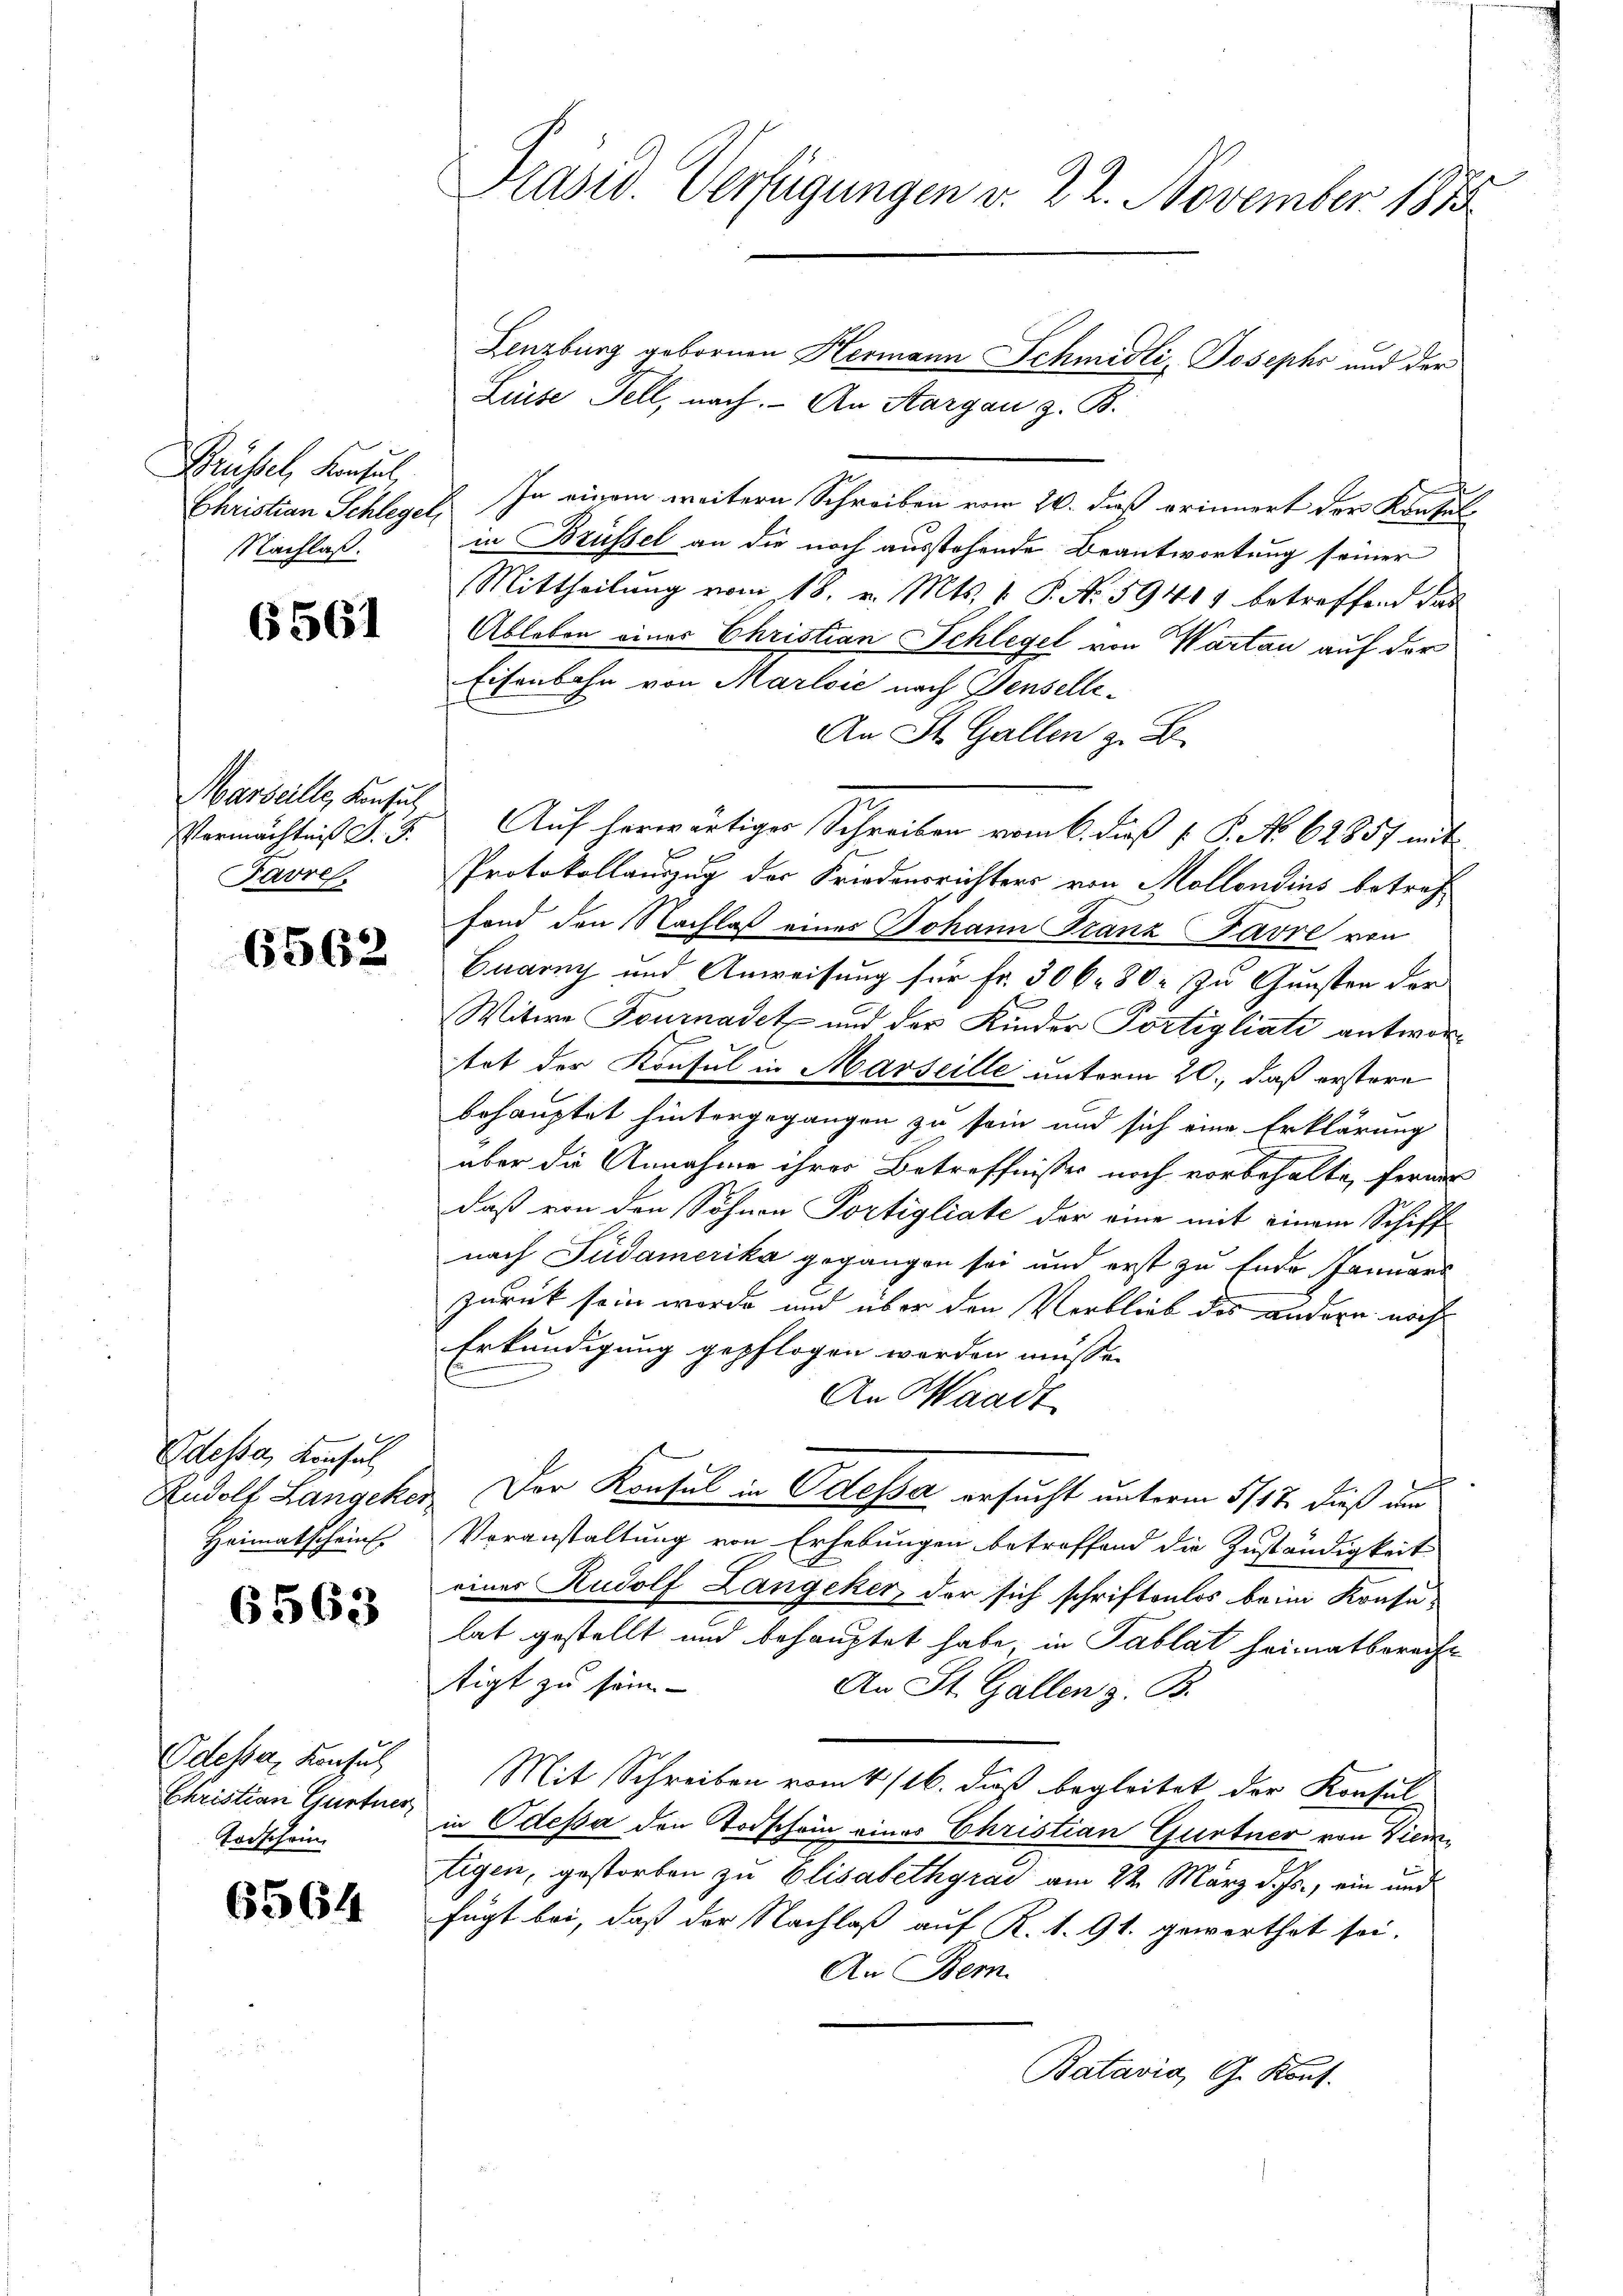
Brübel, Konsul
Christian Schleger
Nachlaß.

6561

Marseille, Konsuch
Vermächtnis d. J.
Favre

6562

Odessa, Konsul
Rudolf Langeker¬
Heimatscheint.

6563

Odesser Konsul
Christian Gurtner
Todschein

6564

Präsid. Verfügungen v. 22. November 1873

Lenzburg gebornen Hermann Schmidli, Josephs und der
Liebe Sell, nach.
An Sta
zgan z. B.
E. In einem weitern Schreiben vom 26. daß erinnert der Konsulin Brüssel an die noch ausstehende Beantwortung seiner
Mittheilung vom 18. v. Mts. 1 P. No 59401 betreffend das
Ableben einer Christian Schlegel von Wartau auf der
Eisenbahn von Marloić nach Wenselle¬
An St. Gallen z. B.
Protokollauszug der Friedensrichters von Mollondins betreffond den Nachlaß eines Johann Franz Favre von
Gaarny und Anweisung für Fr. 306. 80. zu Gunsten der
E
Witwe Fournadet und der Kinder Portigliati antwortet der Konsul in Marseille unterm 20., daß erstere
behauptet hintergegangen zu sein und sich eine Erklärung
aber die Annahme ihres Betreffnisses noch vorbehalte, ferner
daß von den Söhnen Portigliate der eine mit einem Schiff-
nach Südamerika gegangen sei und erst zu Ende Januars
zurück sein werde und über den Verblieb des andern nach
Erkundigung gepflogen werden müsse.
An Waadt
Der Konsul in Odesser ersucht unterm 5/12. dieß und
Voranstaltung von Erhebungen betreffend die Zuständigkeit
einer Rudolf Langeker, der sich schriftenlos beim Konsulat gestellt und behauptet habe, in Tablat heimatberacht
tigt zu sam
An St. Gallen z. B.
Mit Schreiben vom 4/16. daß begleitet der Konsul
in Odessa den Todschein eines Christian Gurtner von Wien
tigen, gestorben zu Elisabethgrad am 2te͇n März d. Js., ein und
fügt bei, daß der Nachlaß auf R. 1. 91. gewerthet sei.
An Bem
Batavia, G. Kont.

Auf herwärtiger Schreiben vom 6. dieß [ P. No 62857 mit